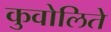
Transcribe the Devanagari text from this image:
कुवोलिते